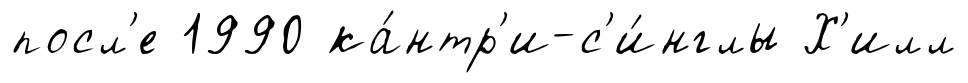
посл'е 1990 ка́нтр'и-с'и́нглы Х'илл